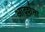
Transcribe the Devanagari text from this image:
आदर्शता